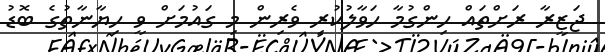
ޖަޒީރާ ރަށްތައް ހިންގުމާ ހަވާލުކުރި ވެރިން މި ގައުމަށް ވީ ހިޔާނާތުގެ ބޮޑު